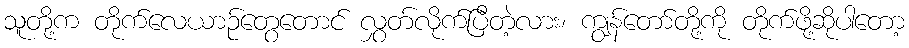
သူတို့က တိုက်လေယာဉ်တွေတောင် လွှတ်လိုက်ပြီတဲ့လား၊ ကျွန်တော်တို့ကို တိုက်ဖို့ဆိုပါတော့